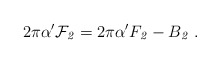
\begin{align*}2\pi\alpha'{\cal F}_{\it 2} = 2\pi\alpha'F_{\it 2} - B_{\it2}\ .\end{align*}